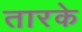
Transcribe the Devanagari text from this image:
तारके